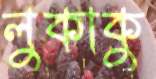
লুকাকু